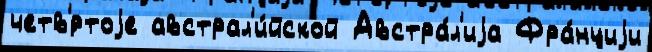
четв'́ртоjе австрал'и́йской Австра́л'иjа Фра́нциjи